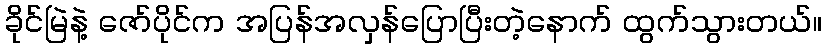
ခိုင်မြဲနဲ့ ဇော်ပိုင်က အပြန်အလှန်ပြောပြီးတဲ့နောက် ထွက်သွားတယ်။